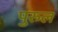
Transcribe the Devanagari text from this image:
पुरुल